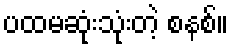
ပထမဆုံးသုံးတဲ့ စနစ်။